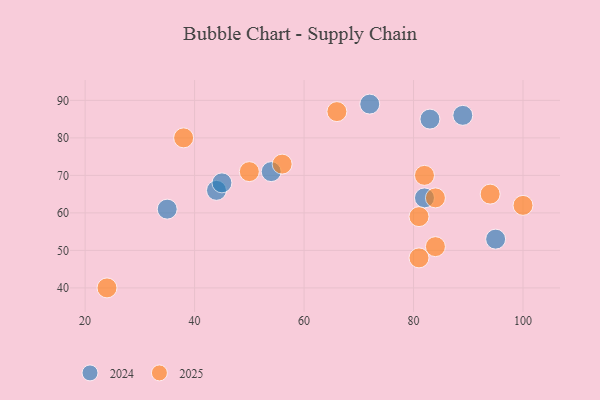
{"axis": {"x": "GDP", "y": "Life Expectancy"}, "legend": ["2024", "2025"], "data": [{"x": "72", "y": 89, "type": "2024"}, {"x": "83", "y": 85, "type": "2024"}, {"x": "44", "y": 66, "type": "2024"}, {"x": "45", "y": 68, "type": "2024"}, {"x": "54", "y": 71, "type": "2024"}, {"x": "35", "y": 61, "type": "2024"}, {"x": "82", "y": 64, "type": "2024"}, {"x": "95", "y": 53, "type": "2024"}, {"x": "89", "y": 86, "type": "2024"}, {"x": "24", "y": 40, "type": "2025"}, {"x": "66", "y": 87, "type": "2025"}, {"x": "100", "y": 62, "type": "2025"}, {"x": "84", "y": 51, "type": "2025"}, {"x": "56", "y": 73, "type": "2025"}, {"x": "81", "y": 59, "type": "2025"}, {"x": "82", "y": 70, "type": "2025"}, {"x": "50", "y": 71, "type": "2025"}, {"x": "94", "y": 65, "type": "2025"}, {"x": "81", "y": 48, "type": "2025"}, {"x": "84", "y": 64, "type": "2025"}, {"x": "38", "y": 80, "type": "2025"}]}